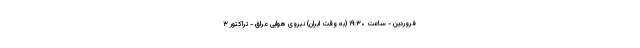
فروردین - ساعت ۱۹:۳۰ (به وقت ایران) نیروی هوایی عراق - تراکتور ۳